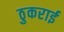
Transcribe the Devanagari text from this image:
ठुकराई